Annual statistical returns and brief notes on vaccination in Bengal - 1887-1898
Year: 1887
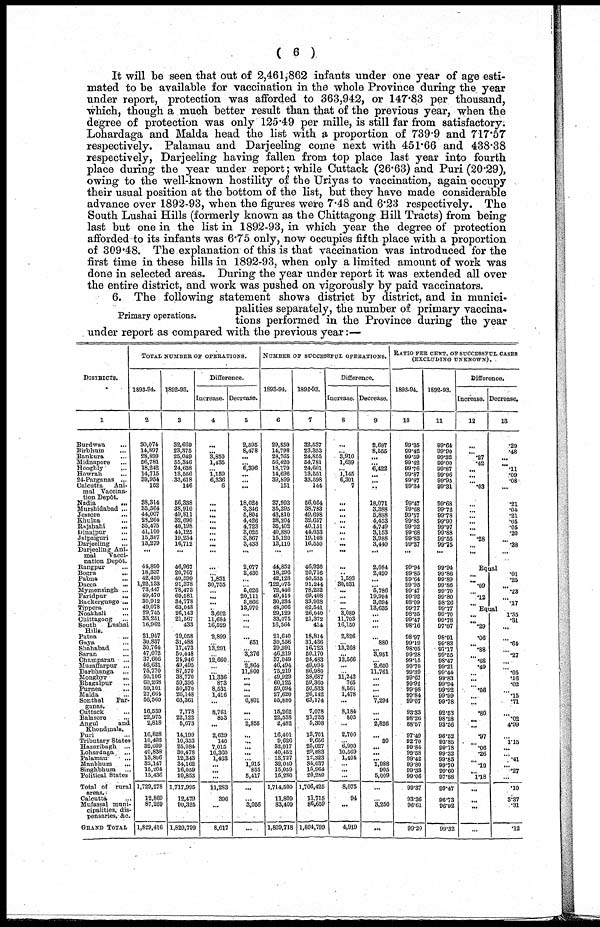
( 6 )
It will be seen that out of 2,461,862 infants under one year of age esti-
mated to be available for vaccination in the whole Province during the year
under report, protection was afforded to 363,942, or 147.83 per thousand,
which, though a much better result than that of the previous year, when the
degree of protection was only 125.49 per mille, is still far from satisfactory.
Lohardaga and Malda head the list with a proportion of 739.9 and 717.57
respectively. Palamau and Darjeeling come next with 451.66 and 438.38
respectively, Darjeeling having fallen from top place last year into fourth
place during the year under report; while Cuttack (26.63) and Puri (20.29),
owing to the well-known hostility of the Uriyas to vaccination, again occupy
their usual position at the bottom of the list, but they have made considerable
advance over 1892-93, when the figures were 7.48 and 6.23 respectively. The
South Lushai Hills (formerly known as the Chittagong Hill Tracts) from being
last but one in the list in 1892-93, in which year the degree of protection
afforded to its infants was 6.75 only, now occupies fifth place with a proportion
of 309.48. The explanation of this is that vaccination was introduced for the
first time in these hills in 1892-93, when only a limited amount of work was
done in selected areas. During the year under report it was extended all over
the entire district, and work was pushed on vigorously by paid vaccinators.
Primary operations.
6. The following statement shows district by district, and in munici-
palities separately, the number of primary vaccina-
tions performed in the Province during the year
under report as compared with the previous year:—
DISTRICTS.
1
Burdwan
...
Birbhum ...
Bankura ...
Midnapore ...
Hooghly ...
Howrah ...
24-Parganas ...
Calcutta
Ani-
mal Vaccina-
tion Depôt.
Nadia
...
Murshidabad ...
Jessore ...
Khulna ...
Rajshahi
...
Dinajpur ...
Jalpaiguri ...
Darjeeling ...
Darjeeling Ani-
mal
Vacci-
nation Depôt.
Rangpur ...
Bogra ...
Pabna ...
Dacca ...
Mymensingh ...
Faridpur ...
Backergunge ...
Tippera ...
Noakhali ...
Chittagong
...
South
Lushai
Hills.
Patna ...
Gaya ...
Shababad ...
Saran ...
Champaran
...
Muzaffarpur ...
Darbhanga ...
Monghyr
...
Bhagalpur ...
Purnea ...
Malda ...
Sonthal
Par-
ganas.
Cuttack ...
Balasore
...
Angul
and
Khondmals.
Pari ...
Tributary States
Hazaribagh
...
Lobardaga ...
Palamau ...
Manbhum
Singhbbum
...
Political States
Total of
rural
areas.
Calcutta ...
Mufassal muni-
cipalities, dis-
pensaries, &c.
GRAND TOTAL
TOTAL NUMBER OF OPERATIONS.
1893-94.
2
30,074
14,897
28,899
56,781
18,242
14,715
39,954
152
38,314
35,564
44,007
28,264
35,475
41,100
15,387
13,279
...
44,890
18,337
42,430
1,22,133
73,447
49,470
30,912
49,078
29,745
33,251
10,962
21,957
30,837
30,764
47,072
37,606
46,631
75,770
50,106
60,268
59,101
27,664
56,560
16,539
22,975
2,818
16,828
10,493
32,099
40,838
13,806
32,147
15,204
15,436
1,729,278
12,869
87,269
1,829,416
1892-93.
3
32,669
23,375
25,049
55,346
24,638
13,556
33,618
146
56,338
38,910
49,811
32,690
40,198
44,125
19,254
16,712
...
46,967
20,767
40,599
91,378
78,473
69,581
34,778
63,048
26,143
21,667
433
19,058
31,488
17,473
50,448
24,946
49,495
87,570
38,770
59,395
50,570
26,148
63,361
7,778
22,122
5,673
14,199
10,353
25,084
30,478
12,343
34,162
16,059
20,853
1,717,995
12,479
90,325
1,820,799
Difference.
Increase.
4
...
... 3,850
1,435
... 1,169
6,336
6
...
...
...
...
...
...
...
...
...
...
... 1,831
30,755
...
...
...
... 3,602
11,684
16,529
2,899
... 13,291
... 12,660
...
... 11,336
873
8,531
1,416
...
8,761
853
...
2,629
140
7,015
10,360
1,463
...
...
...
11,283
390
...
8,617
Decrease.
5
2,595
8,478
...
... 6,396
... ...
...
18,024
3,346
5,804
4,426
4,723
3,025
3,867
3,433
...
2,077
2,430
...
... 5,026
20,111
3,866
13,970
... ...
...
... 651
... 3,376
... 2,864
11,800
...
...
...
... 6,801
...
... 2,855
...
...
...
...
... 1,915
855
5,417
...
... 3,056
...
NUMBER OF SUCCESSFUL OPERATIONS.
1893-94.
6
29,850
14,798
28,765
56,420
18,179
14,696
39,899
151
37,993
35,395
43,810
28,204
36,402
40,880
15,120
13,110
...
44,852
18,296
42,128
122,076
72,446
49,414
30,234
48,906
29,129
33,075
16,564
21,640
30,556
29,991
46,219
37,049
46,494
75,219
49,929
60,125
59,094
27,620
55,880
15,262
22,538
2,482
16,401
9,626
32,017
40,452
13,727
32,049
15,059
15,280
1,714,500
11,809
83,409
1,809,718
1892-93.
7
32,637
23,353
24,855
54,781
24,601
13,551
33,598
144
56,064
38,783
49,698
32,657
40,151
44,033
19,108
16,550
...
46,936
20,716
40,535
91,244
78,232
69,408
33,928
62,541
26,040
21,372
414
18,814
31,436
16,723
50,170
24,483
49,094
86,980
38,687
59,360
50,533
26,142
63,174
7,078
21,733
5,308
13,701
9,656
26,027
29,883
12,323
34,037
15,964
20,289
1,706,425
11,715
86,659
1,804,799
Difference.
Increase.
8
...
... 3,910
1,639
... 1,145
6,301
7
...
...
...
...
..
...
..
...
...
...
.. 1,593
30,831
...
...
...
... 3,089
11,703
16,150
2,826
...
13,268
... 12,566
...
... 11,242
765
8,561
1,478
...
8,184
805
...
2,700
... 6,990
10,569
1,404
...
...
...
8,075
94
...
4,919
Decrease.
9
2,687
8,555
...
... 6,422
...
...
...
18,071
3,388
5,888
4,453
4,749
3,153
3,988
3,440
...
2,084
2,420
...
... 5,786
19,994
3,694
13,635
...
...
...
... 880
... 3,951
... 2,600
11,761
...
...
...
... 7,294
...
... 2,826
. .. 30
...
...
... 1,988
905
5,009
...
... 3,250
...
RATIO PER CENT. OF SUCCESSFUL CASES
(EXCLUDING UNKNOWN).
1893-94.
10
99.35
99.42
99.59
99.42
99.76
99.87
99.87
99.34
99.47
99.68
99.57
99.86
99.92
99.68
99.83
99.37
...
99.94
99.85
99.64
99.95
99.47
99.92
98.09
99.77
98.35
99.47
98.16
98.97
99.19
98.05
99.28
99.15
99.70
99.39
99.67
99.92
99.98
99.84
99.07
93.33
98.26
88.57
97.49
92.70
99.84
99.68
99.42
99.80
99.33
99.06
99.37
93.36
96.61
99.20
1892-93.
11
99.64
99.90
99.32
99.00
99.87
99.96
99.95
99.31
99.68
99.72
99.78
99.90
99.97
99.88
99.55
99.16
...
99.94
99.86
99.89
99.86
99.70
99.80
98.26
99.77
99.70
99.78
97.87
98.91
99.83
97.17
99.65
98.47
99.21
99.44
99.83
99.94
99.92
99.99
99.78
92.63
98.28
93.56
96.62
93.85
99.78
99.32
99.83
99.70
99.60
97.88
99.47
96.73
96.92
99.32
Difference.
Increase.
12
...
... .27
.42
...
...
... .03
...
...
... ...
...
... .28
...
Decrease.
13
.29
.48
... ... .11
.09
.08
...
.21
.04
.21
.05
.05
.20
...
.38
...
Equal
.09
... .12
...
.01
.25
...
.23
... .17
Equal
...
.29
.06
... .88
...
.68
.49
... ...
...
.06
... ...
.80
... ...
.97
...
.06
.26
...
.10
... 1.18
...
...
...
...
1.35
.31
...
...
.64
...
.27
...
...
.05
.16
.02
...
.15
.71
...
.02
4.99
... 1.15
...
...
.41
...
.27
.10
3.37
.31
.12